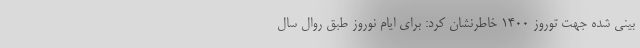
بینی شده جهت توروز ۱۴۰۰ خاطرنشان کرد: برای ایام نوروز طبق روال سال